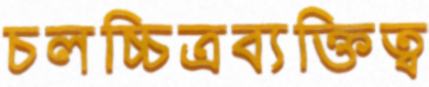
চলচ্চিত্রব্যক্তিত্ব